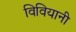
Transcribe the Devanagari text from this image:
विवियानी